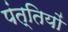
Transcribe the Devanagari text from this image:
पंत्तियों